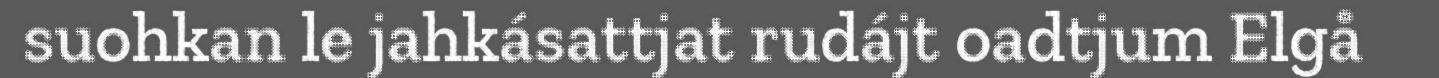
suohkan le jahkásattjat rudájt oadtjum Elgå